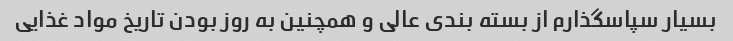
بسیار سپاسگذارم از بسته بندی عالی و همچنین به روز بودن تاریخ مواد غذایی